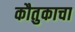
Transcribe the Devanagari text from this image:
कौतुकाचा